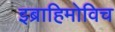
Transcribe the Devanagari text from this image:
इब्राहिमोविच